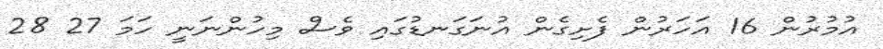
އުމުރުން 16 އަހަރުން ފެށިގެން އުނަގަނޑުގައި ވެސް މިހުންނަނީ ހަމަ 27 28